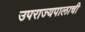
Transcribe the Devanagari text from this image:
उपराज्यपालाची